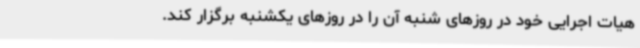
هیات اجرایی خود در روزهای شنبه آن را در روزهای یکشنبه برگزار کند.